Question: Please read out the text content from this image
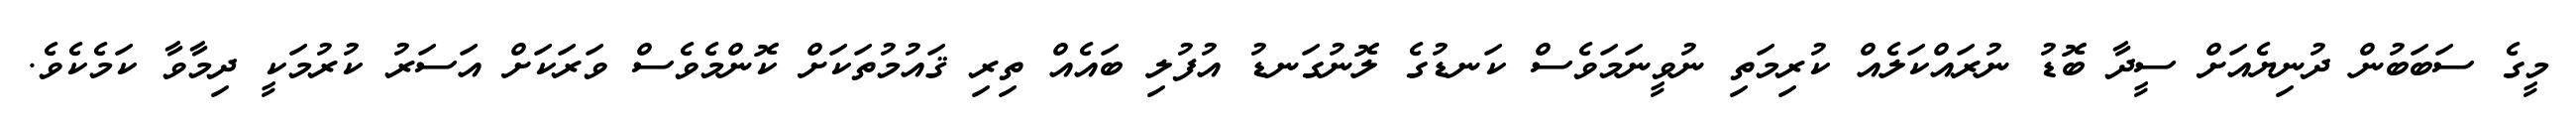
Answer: މީގެ ސަބަބުން ދުނިޔެއަށް ސީދާ ބޮޑު ނުރައްކަލެއް ކުރިމަތި ނުވީނަމަވެސް ކަނޑުގެ ލޮނުގަނޑު އުފުލި ބައެއް ތިރި ޤައުމުތަކަށް ކޮންމެވެސް ވަރަކަށް އަސަރު ކުރުމަކީ ދިމާވާ ކަމެކެވެ.